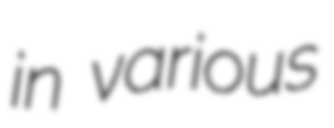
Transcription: in various